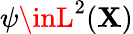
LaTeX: \psi\inL^{2}(\mathbf{X})